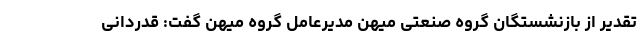
تقدیر از بازنشستگان گروه صنعتی میهن مدیرعامل گروه میهن گفت: قدردانی